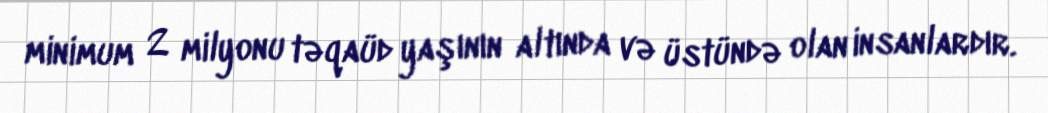
minimum 2 milyonu təqaüd yaşının altında və üstündə olan insanlardır.